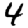
Digit: 4